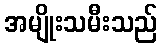
အမျိုးသမီးသည်